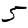
Digit: 5